Vaccination in Bombay 1869-1873 - 1869-1873
Year: 1869
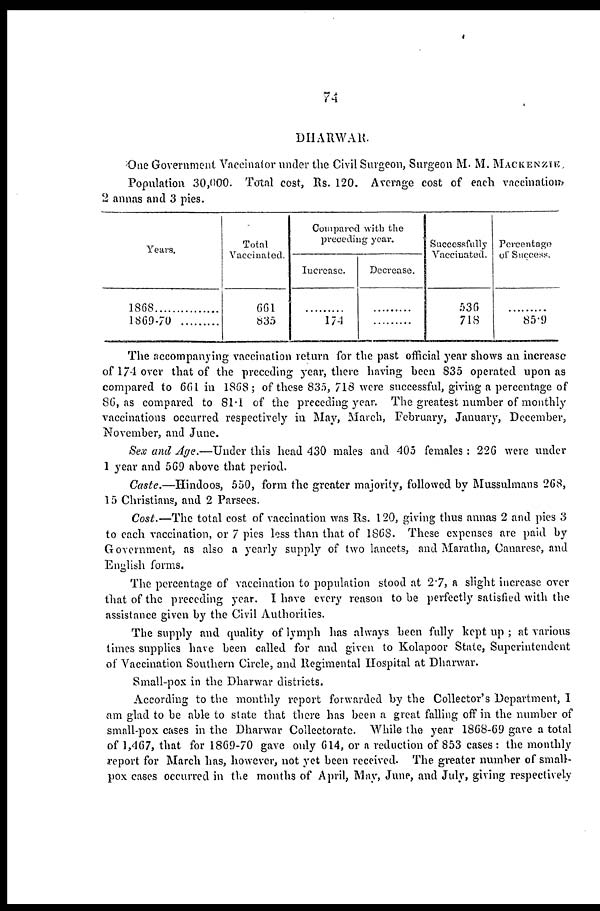
74
DHARWAR.
One Government Vaccinator under the Civil Surgeon, Surgeon M. M. MACKENZIE,
Population 30,000. Total cost, Rs. 120. Average cost of each vaccination,
2 annas and 3 pies.
Years.
1868............
1869-70.........
Total
Vaccinated.
661
835
Compared with the
preceding year.
Increase.
.........
174
Decrease.
.........
.........
Successfully
Vaccinated.
536
718
Percentage
of Success.
.........
85.9
The accompanying vaccination return for the past official year shows an increase
of 174 over that of the preceding year, there having been 835 operated upon as
compared to 661 in 1868; of these 835, 718 were successful, giving a percentage of
86, as compared to 81.1 of the preceding year. The greatest number of monthly
vaccinations occurred respectively in May, March, February, January, December,
November, and June.
Sex and Age.—Under this head 430 males and 405 females: 226 were under
1 year and 569 above that period.
Caste.—Hindoos, 550, form the greater majority, followed by Mussulmans 268,
15 Christians, and 2 Parsees.
Cost.—The total cost of vaccination was Rs. 120, giving thus annas 2 and pies 3
to each vaccination, or 7 pies less than that of 1868. These expenses are paid by
Government, as also a yearly supply of two lancets, and Maratha, Canarese, and
English forms.
The percentage of vaccination to population stood at 2.7, a slight increase over
that of the preceding year. I have every reason to be perfectly satisfied with the
assistance given by the Civil Authorities.
The supply and quality of lymph has always been fully kept up ; at various
times supplies have been called for and given to Kolapoor State, Superintendent
of Vaccination Southern Circle, and Regimental Hospital at Dharwar.
Small-pox in the Dharwar districts.
According to the monthly report forwarded by the Collector's Department, I
am glad to be able to state that there has been a great falling off in the number of
small-pox cases in the Dharwar Collectorate. While the year 1868-69 gave a total
of 1,467, that for 1869-70 gave only 614, or a reduction of 853 cases: the monthly
report for March has, however, not yet been received. The greater number of small-
pox cases occurred in the months of April, May, June, and July, giving respectively